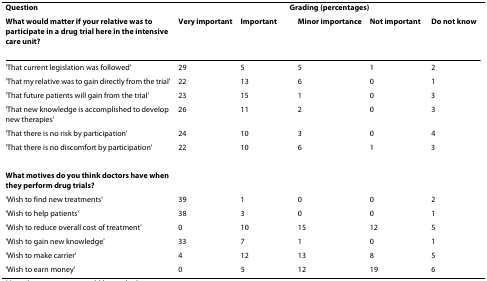
| Question | <COLSPAN=5> Grading (percentages) |
 | What would matter if your relative was to participate in a drug trial here in the intensive care unit? | Very important | Important | Minor importance | Not important | Do not know |
 | --- | --- | --- | --- | --- | --- |
 | 'That current legislation was followed' | 29 | 5 | 5 | 1 | 2 |
 | 'That my relative was to gain directly from the trial' | 22 | 13 | 6 | 0 | 1 |
 | 'That future patients will gain from the trial' | 23 | 15 | 1 | 0 | 3 |
 | 'That new knowledge is accomplished to develop new therapies' | 26 | 11 | 2 | 0 | 3 |
 | 'That there is no risk by participation' | 24 | 10 | 3 | 0 | 4 |
 | 'That there is no discomfort by participation' | 22 | 10 | 6 | 1 | 3 |
 | What motives do you think doctors have when they perform drug trials? |  |  |  |  |  |
 | 'Wish to find new treatments' | 39 | 1 | 0 | 0 | 2 |
 | 'Wish to help patients' | 38 | 3 | 0 | 0 | 1 |
 | 'Wish to reduce overall cost of treatment' | 0 | 10 | 15 | 12 | 5 |
 | 'Wish to gain new knowledge' | 33 | 7 | 1 | 0 | 1 |
 | 'Wish to make carrier' | 4 | 12 | 13 | 8 | 5 |
 | 'Wish to earn money' | 0 | 5 | 12 | 19 | 6 |